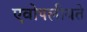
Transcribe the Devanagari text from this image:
एवोपलीयते